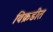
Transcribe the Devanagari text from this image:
विक्रडीत